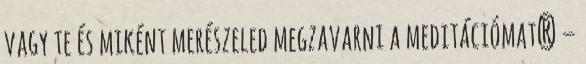
vagy te és miként merészeled megzavarni a meditációmat? –